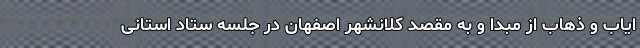
ایاب و ذهاب از مبدا و به مقصد کلانشهر اصفهان در جلسه ستاد استانی